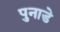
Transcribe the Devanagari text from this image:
पुनाडे